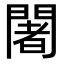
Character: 闍